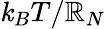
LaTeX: \mathit{k}_{B}T/\mathbb{R}_{N}